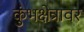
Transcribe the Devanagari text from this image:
कुंभक्षेत्रावर